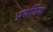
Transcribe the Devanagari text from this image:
प्रवर्धिक